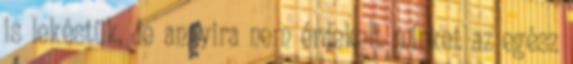
is lekéstük, de annyira nem érdekelt minket az egész